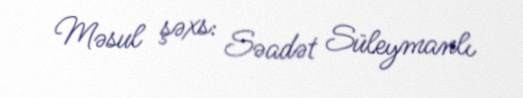
Məsul şəxs: Səadət Süleymanlı